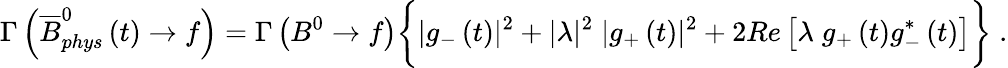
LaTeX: \Gamma\left(\overline{{{B}}}_{phys}^{0}\left(t\right)\rightarrow f\right)=\Gamma\left(B^{0}\rightarrow f\right)\bigg\{ |g_{-}\left(t\right)|^{2}+|\lambda|^{2}\; |g_{+}\left(t\right)|^{2}+2Re\left[\lambda\; g_{+}\left(t\right)g_{-}^{*}\left(t\right)\right]\bigg\} \; .